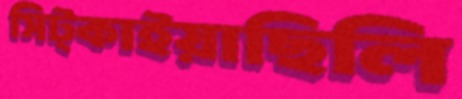
সিট্‌কাইয়াছিলি